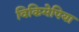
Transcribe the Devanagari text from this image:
विकिमेपिया